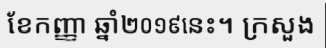
ខែកញ្ញា ឆ្នាំ២០១៩នេះ។ ក្រសួង